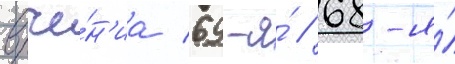
вруче́н'иа 69-я́ // 68-я́